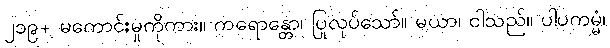
၂၁၉+ မကောင်းမှုကိုကား။ ကရောန္တော၊ ပြုလုပ်သော်။ မယာ၊ ငါသည်။ ပါပကမ္မံ၊